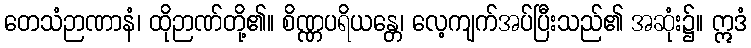
တေသံဉာဏာနံ၊ ထိုဉာဏ်တို့၏။ စိဏ္ဏပရိယန္တေ၊ လေ့ကျက်အပ်ပြီးသည်၏ အဆုံး၌။ ဣဒံ